Lunatic asylums Central Provinces reports 1895-1909 - 1895-1909
Year: 1895
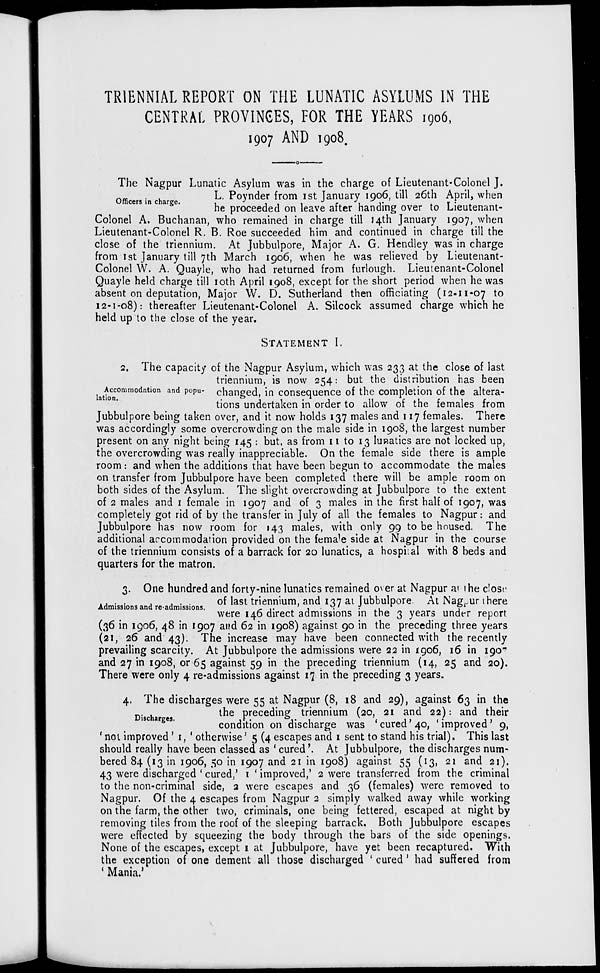
TRIENNIAL REPORT ON THE LUNATIC ASYLUMS IN THE
CENTRAL PROVINCES, FOR THE YEARS 1906,
1907 AND 1908.
Officers in charge.
The Nagpur Lunatic Asylum was in the charge of Lieutenant-Colonel J.
L. Poynder from 1st January 1906, till 26th April, when
he proceeded on leave after handing over to Lieutenant-
Colonel A. Buchanan, who remained in charge till 14th January 1907, when
Lieutenant-Colonel R. B. Roe succeeded him and continued in charge till the
close of the triennium. At Jubbulpore, Major A. G. Hendley was in charge
from 1st January till 7th March 1906, when he was relieved by Lieutenant-
Colonel W. A. Quayle, who had returned from furlough. Lieutenant-Colonel
Quayle held charge till 10th April 1908, except for the short period when he was
absent on deputation, Major W. D. Sutherland then officiating (12-11-07 to
12-1-08): thereafter Lieutenant-Colonel A. Silcock assumed charge which he
held up to the close of the year.
STATEMENT
I.
Accommodntion and popu-
lation.
2. The capacity of the Nagpur Asylum, which was 233 at the close of last
triennium, is now 254: but the distribution has been
changed, in consequence of the completion of the altera-
tions undertaken in order to allow of the females from
Jubbulpore being taken over, and it now holds 137 males and 117 females. There
was accordingly some overcrowding on the male side in 1908, the largest number
present on any night being 145 : but, as from 11 to 13 lunatics are not locked up,
the overcrowding was really inappreciable. On the female side there is ample
room: and when the additions that have been begun to accommodate the males
on transfer from Jubbulpore have been completed there will be ample room on
both sides of the Asylum. The slight overcrowding at Jubbulpore to the extent
of 2 males and 1 female in 1907 and of 3 males in the first half of 1907, was
completely got rid of by the transfer in July of all the females to Nagpur: and
Jubbulpore has now room for 143 males, with only 99 to be housed. The
additional accommodation provided on the female side at Nagpur in the course
of the triennium consists of a barrack for 20 lunatics, a hospital with 8 beds and
quarters for the matron.
Admissions and re-admissions.
3. One hundred and forty-nine lunatics remained over at Nagpur at the close
of last triennium, and 137 at Jubbulpore. At Nagpur there
were 146 direct admissions in the 3 years under report
(36 in 1906, 48 in 1907 and 62 in 1908) against 90 in the preceding three years
(21, 26 and 43). The increase may have been connected with the recently
prevailing scarcity. At Jubbulpore the admissions were 22 in 1906, 16 in 1907
and 27 in 1908, or 65 against 59 in the preceding triennium (14, 25 and 20).
There were only 4 re-admissions against 17 in the preceding 3 years.
Discharges.
4. The discharges were 55 at Nagpur (8, 18 and 29), against 63 in the
the preceding triennium (20, 21 and 22): and their
condition on discharge was 'cured'40, 'improved' 9,
not improved ' 1, ' otherwise' 5 (4 escapes and 1 sent to stand his trial). This last
should really have been classed as ' cured '. At Jubbulpore, the discharges num-
bered 84 (13 in 1906, 50 in 1907 and 21 in 1908) against 55 (13, 21 and 21).
43 were discharged ' cured, '1 ' improved,' 2 were transferred from the criminal
to the non-criminal side, 2 were escapes and 36 (females) were removed to
Nagpur. Of the 4 escapes from Nagpur 2 simply walked away while working
on the farm, the other two, criminals, one being fettered, escaped at night by
removing tiles from the roof of the sleeping barrack. Both Jubbulpore escapes
were effected by squeezing the body through the bars of the side openings.
None of the escapes, except 1 at Jubbulpore, have yet been recaptured. With
the exception of one dement all those discharged ' cured' had suffered from
' Mania.'